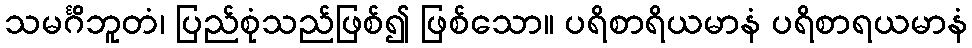
သမင်္ဂိဘူတံ၊ ပြည်စုံသည်ဖြစ်၍ ဖြစ်သော။ ပရိစာရိယမာနံ ပရိစာရယမာနံ